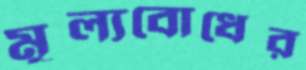
মূল্যবোধের